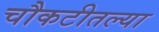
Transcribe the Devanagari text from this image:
चौकटीतल्या